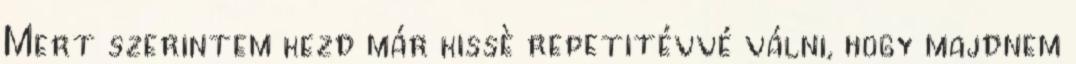
Mert szerintem kezd már kissè repetitévvé válni, hogy majdnem